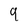
Character: 9